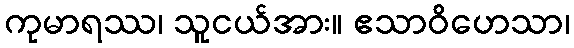
ကုမာရဿ၊ သူငယ်အား။ ဧသာဝိဟေသာ၊